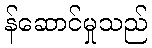
န်ဆောင်မှုသည်